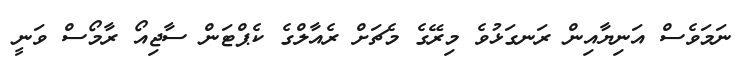
ނަމަވެސް އަނިޔާއިން ރަނގަޅުވެ މިރޭގެ މެޗަށް ރެއާލްގެ ކެޕްޓަން ސާޖިއޯ ރާމޯސް ވަނީ